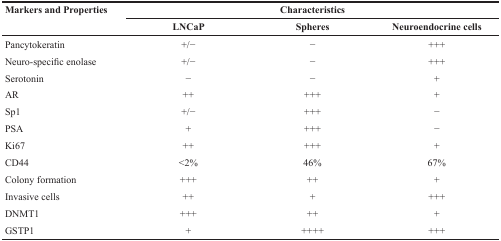
| <ROWSPAN=2> Markers and Properties | <COLSPAN=3> Characteristics |
 | LNCaP | Spheres | Neuroendocrine cells |
 | --- | --- | --- | --- |
 | Pancytokeratin | +/− | − | +++ |
 | Neuro-specific enolase | +/− | - | +++ |
 | Serotonin | − | − | + |
 | AR | ++ | +++ | + |
 | Sp1 | +/− | +++ | − |
 | PSA | + | +++ | − |
 | Ki67 | ++ | +++ | + |
 | CD44 | <2% | 46% | 67% |
 | Colony formation | +++ | ++ | + |
 | Invasive cells | ++ | + | +++ |
 | DNMT1 | +++ | ++ | + |
 | GSTP1 | + | ++++ | +++ |